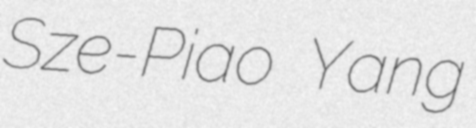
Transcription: Sze-Piao Yang